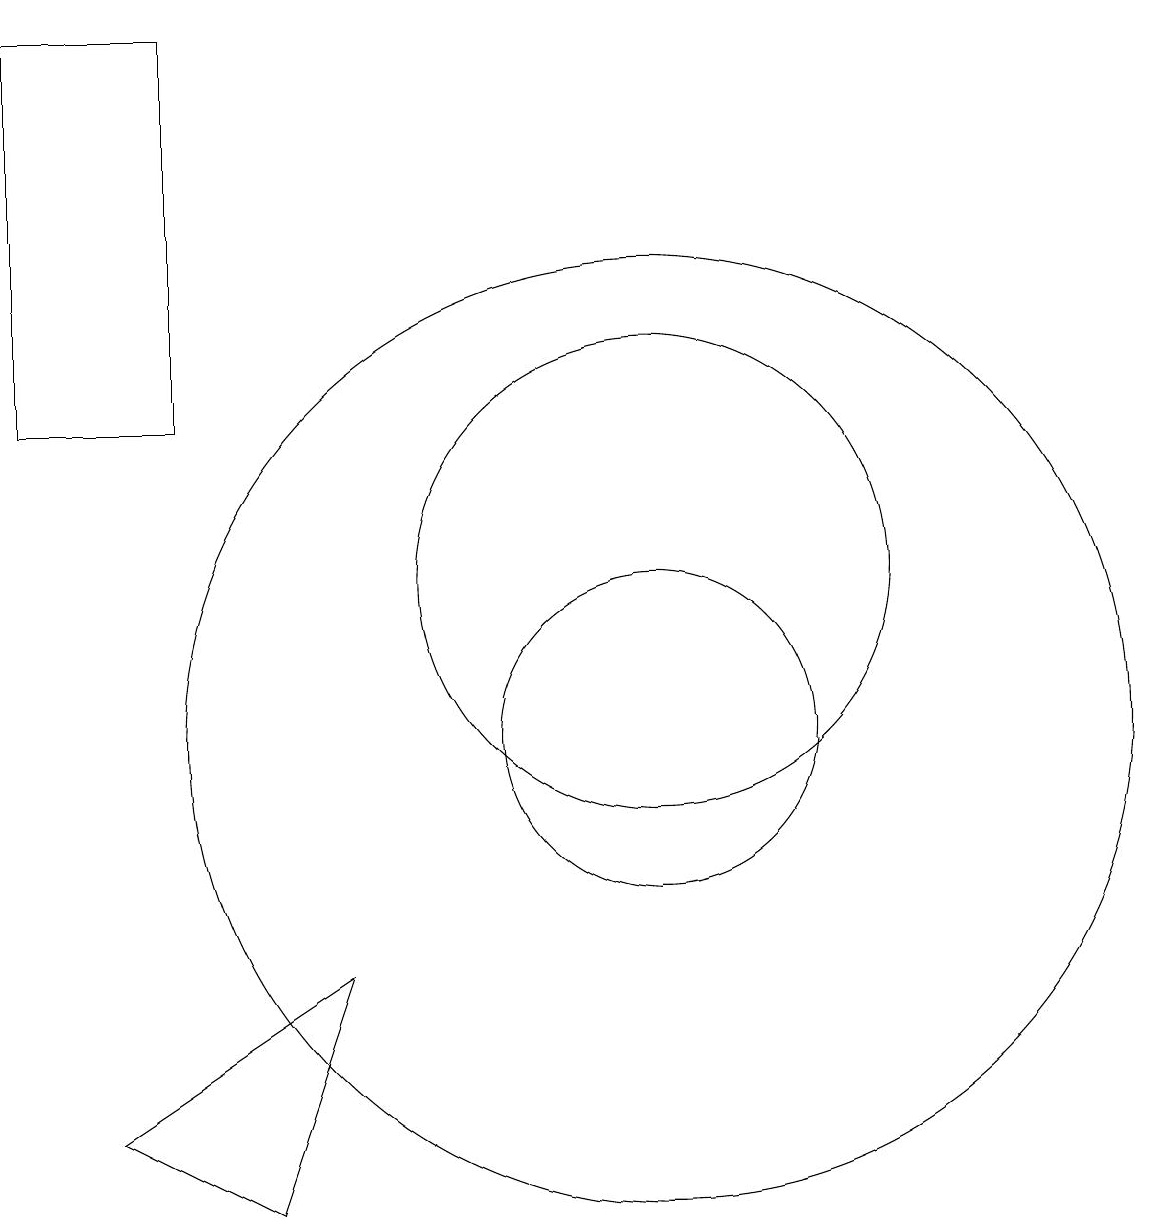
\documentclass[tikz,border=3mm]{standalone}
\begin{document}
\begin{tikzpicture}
\draw (5,19) rectangle (3,14);
\draw (11,10) circle (2);
\draw (11,12) circle (3);
\draw (11,10) circle (6);
\draw (7,7) -- (6,4) -- (4,5) -- cycle;
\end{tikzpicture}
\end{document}